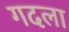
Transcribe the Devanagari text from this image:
गदला